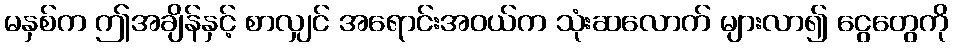
မနှစ်က ဤအချိန်နှင့် စာလျှင် အရောင်းအဝယ်က သုံးဆလောက် များလာ၍ ငွေတွေကို